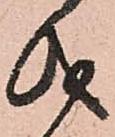
儀